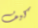
كيف